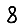
Digit: 8